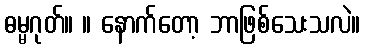
ဓမ္မဂုတ်။ ။ နောက်တော့ ဘာဖြစ်သေးသလဲ။